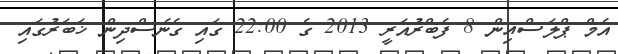
އެމް ޕްލަސްއިން 8 ފެބްރުއަރީ 2013 ގެ 22:00 ގައި ގެނެސްދިން ޚަބަރުގައި